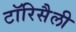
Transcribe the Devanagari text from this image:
टॉरिसैली